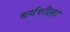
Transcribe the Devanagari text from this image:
धर्यशीला